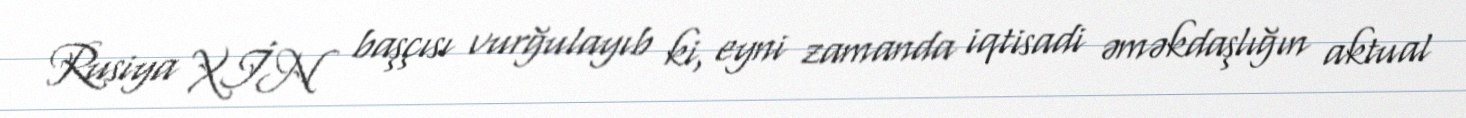
Rusiya XİN başçısı vurğulayıb ki, eyni zamanda iqtisadi əməkdaşlığın aktual